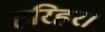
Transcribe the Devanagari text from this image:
हरिहर।